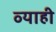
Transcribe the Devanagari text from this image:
व्‍याही